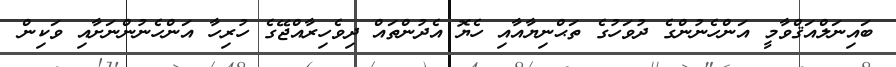
ބައިނަލްއަޤްވާމީ އަންހެނުންގެ ދުވަހުގެ ތަޙްނިޔާއާއި ހެޔޮ އެދުންތައް ދިވެހިރާއްޖޭގެ ހުރިހާ އަންހެނުންނަށާއި ވަކިން